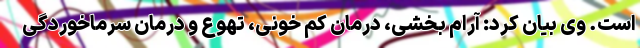
است. وی بیان کرد: آرام بخشی، درمان کم خونی، تهوع و درمان سرماخوردگی